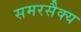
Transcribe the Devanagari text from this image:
समरसैक्य